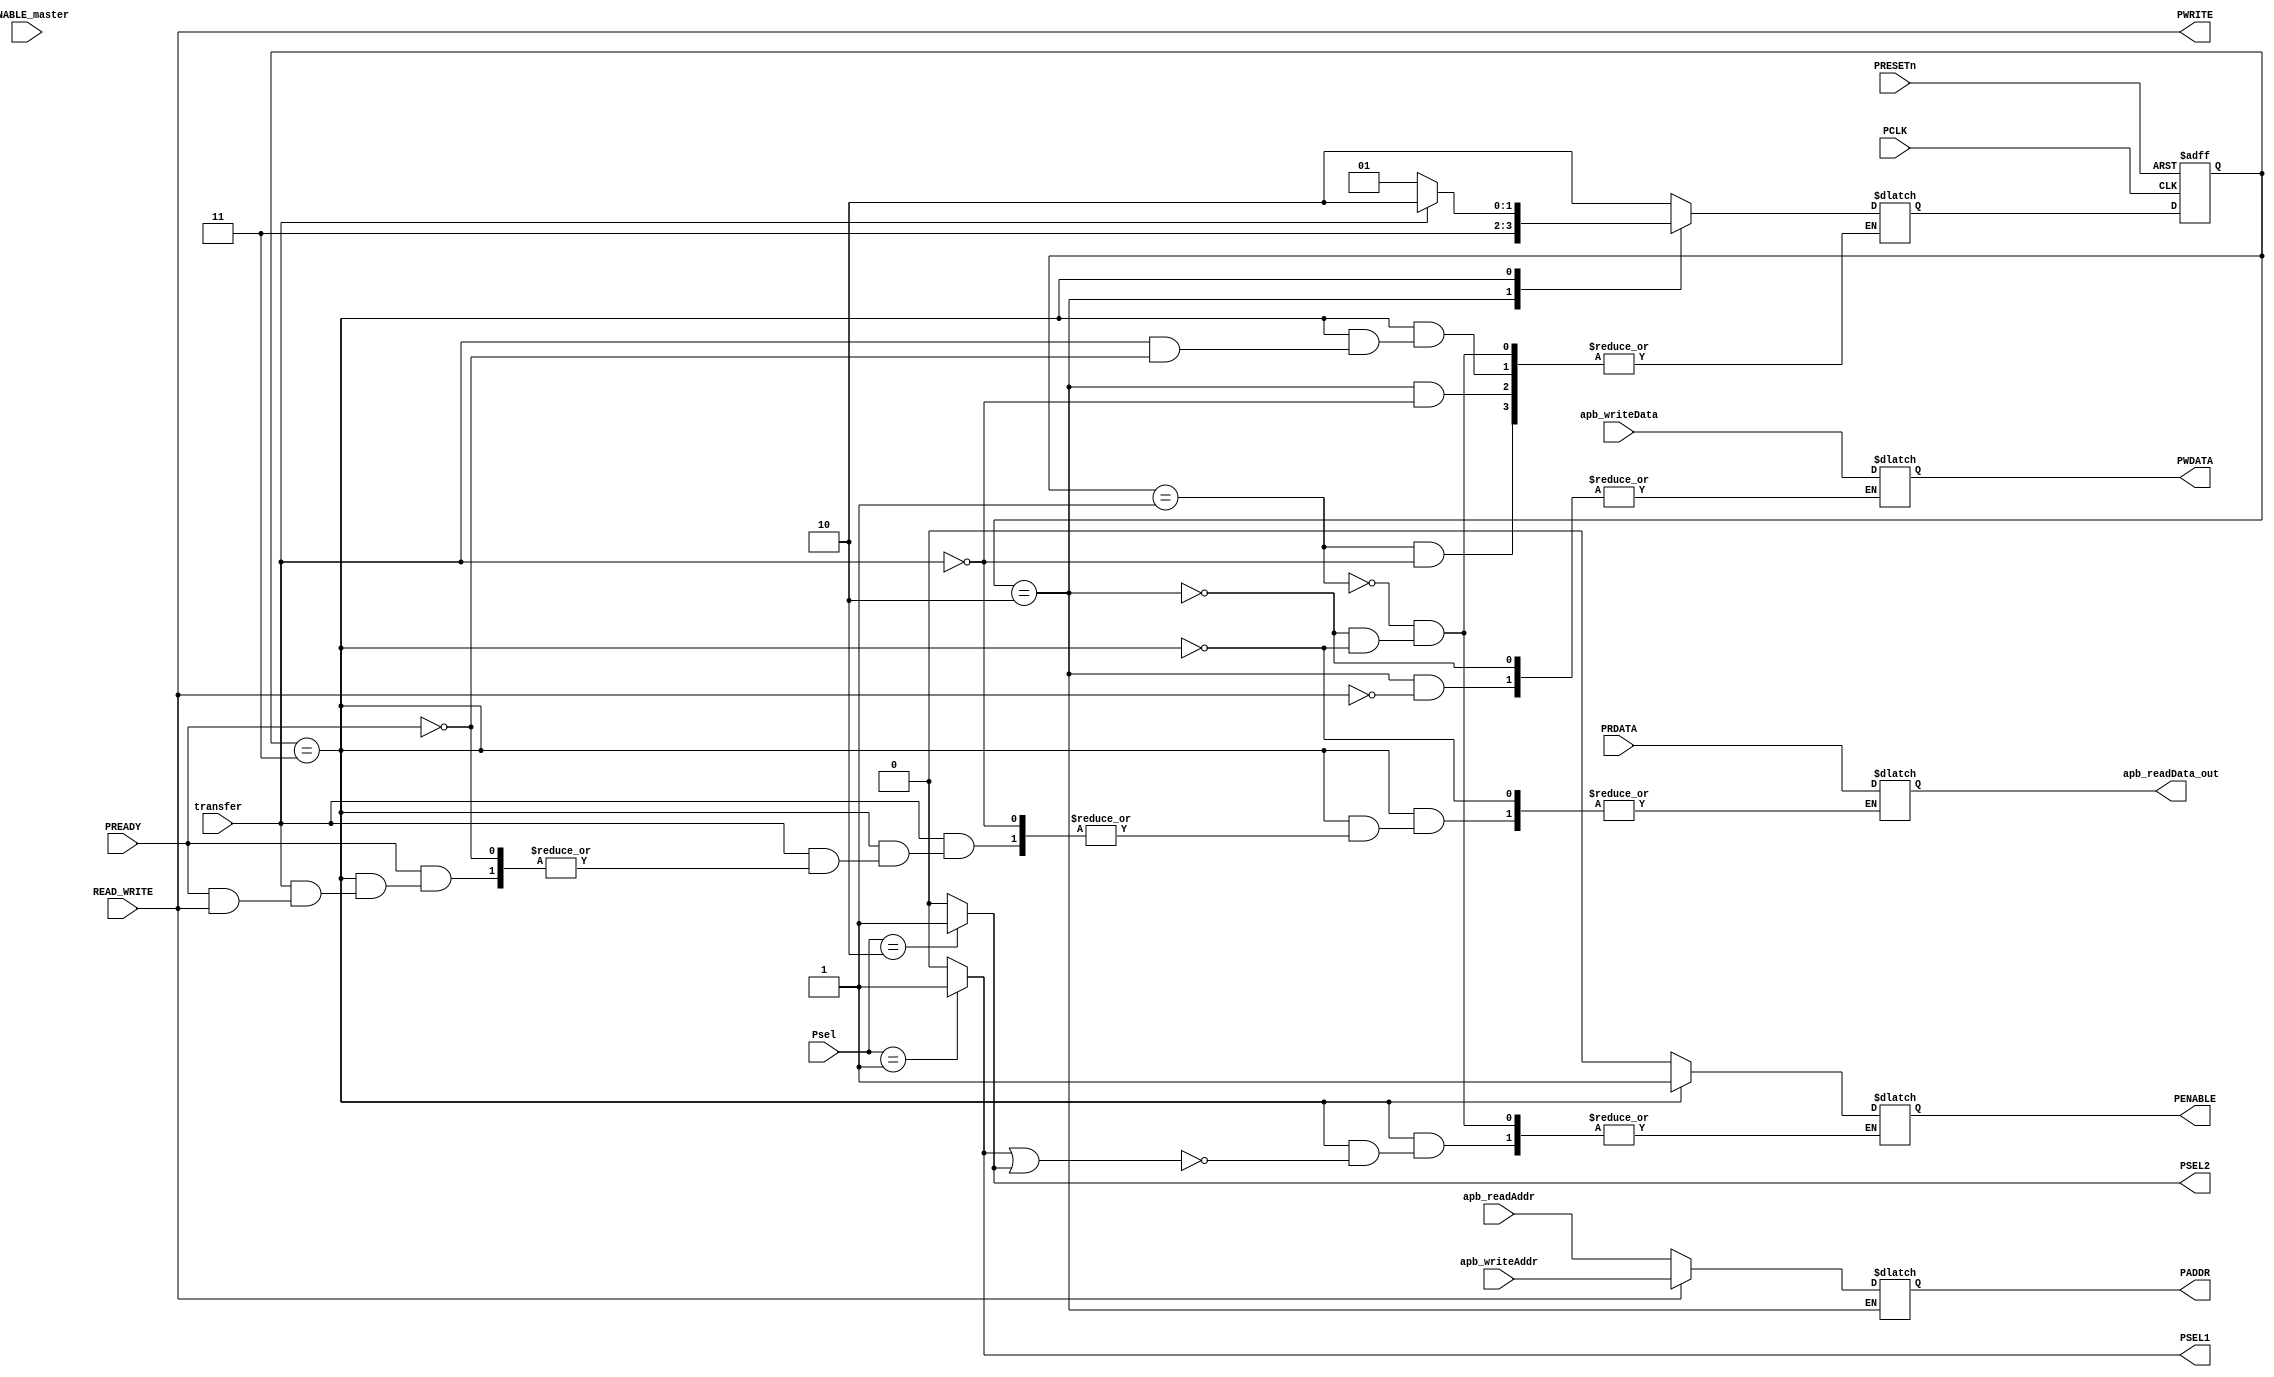
module master_bridge (
  
    input  PCLK, 
    input PENABLE_master,
    input  READ_WRITE,
    input transfer,
    input PRESETn,
    input [1:0] Psel,
    input [4:0]  apb_writeAddr,apb_readAddr,
    input [31:0] apb_writeData,   

 
    input PREADY,
    input [31:0] PRDATA,

   
    output reg PWRITE , PENABLE,
 
    output reg [31:0] PWDATA,
    output reg[4:0]PADDR,
    output reg PSEL1,PSEL2,

    output reg [31:0] apb_readData_out

);
localparam IDLE = 2'b01, SETUP = 2'b10, ACCESS = 2'b11 ;
reg [1:0] state = IDLE, nextState = IDLE;


always @(Psel) begin
    case (Psel)
        1 : begin
            PSEL1 <= 1;
            PSEL2 <= 0;
        end 
        2 : begin
            PSEL1 <= 0;
            PSEL2 <= 1;
        end
        default: begin
            PSEL1 <= 0;
            PSEL2 <= 0;
        end 
    endcase
end


always @(state ,transfer,PREADY) begin   
            PWRITE <= READ_WRITE; 
            case (state )
                IDLE: 
                    begin
                        PENABLE = 0;
                        if (transfer) begin
                            nextState <= SETUP;
                        end                       
                    end
                SETUP:
                    begin
                        PENABLE = 0;

                        if (READ_WRITE) begin
                            PADDR <= apb_writeAddr;
                            PWDATA <= apb_writeData;

                        end
                        else begin
                            PADDR <= apb_readAddr;
                        end
                        if (transfer) begin
                            nextState <= ACCESS;
                        end
                    end
                ACCESS:
                    begin
                        if (PSEL1 || PSEL2)
                            PENABLE = 1;
                        if (transfer)
                        begin

                            if (PREADY) 
                            begin
                                if (READ_WRITE)
                                    nextState <= SETUP;
                                else
                                begin
                                    nextState <= SETUP;
                                    apb_readData_out = PRDATA;
                                end
                            end
                        end
                        else
                            nextState = IDLE;
                    end
            endcase
end

always @(posedge PCLK or posedge PRESETn) begin
    if (PRESETn) begin
        state  <= IDLE;
    end
    else begin
        state  <= nextState;
    end
end
endmodule